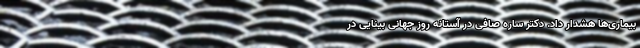
بیماری‌ها هشدار داد. دکتر ساره صافی در آستانه روز جهانی بینایی در